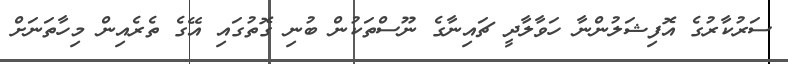
ސަރުކާރުގެ އޮފިޝަލުންނާ ހަވާލާދީ ޗައިނާގެ ނޫސްތަކުން ބުނި ގޮތުގައި އޭގެ ތެރެއިން މިހާތަނަށް